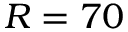
R = 7 0